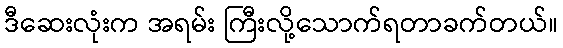
ဒီဆေးလုံးက အရမ်း ကြီးလို့သောက်ရတာခက်တယ်။